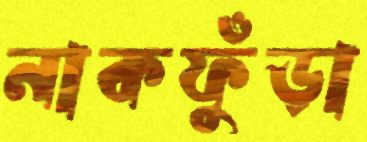
নাকফুঁড়া